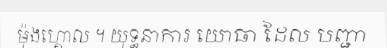
ម៉ុងហ្គោល ។ យុទ្ធនាការ យោធា ដែល បញ្ជា